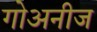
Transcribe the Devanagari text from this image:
गोअनीज